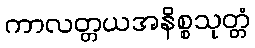
ကာလတ္တယအနိစ္စသုတ္တံ